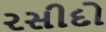
રસીદો